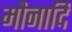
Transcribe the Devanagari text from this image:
मौनादि